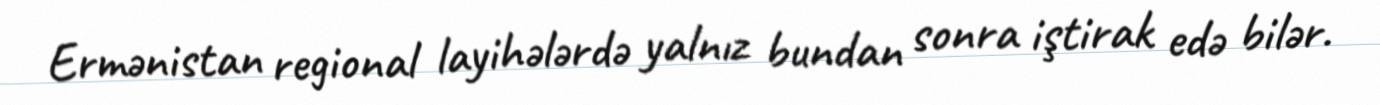
Ermənistan regional layihələrdə yalnız bundan sonra iştirak edə bilər.